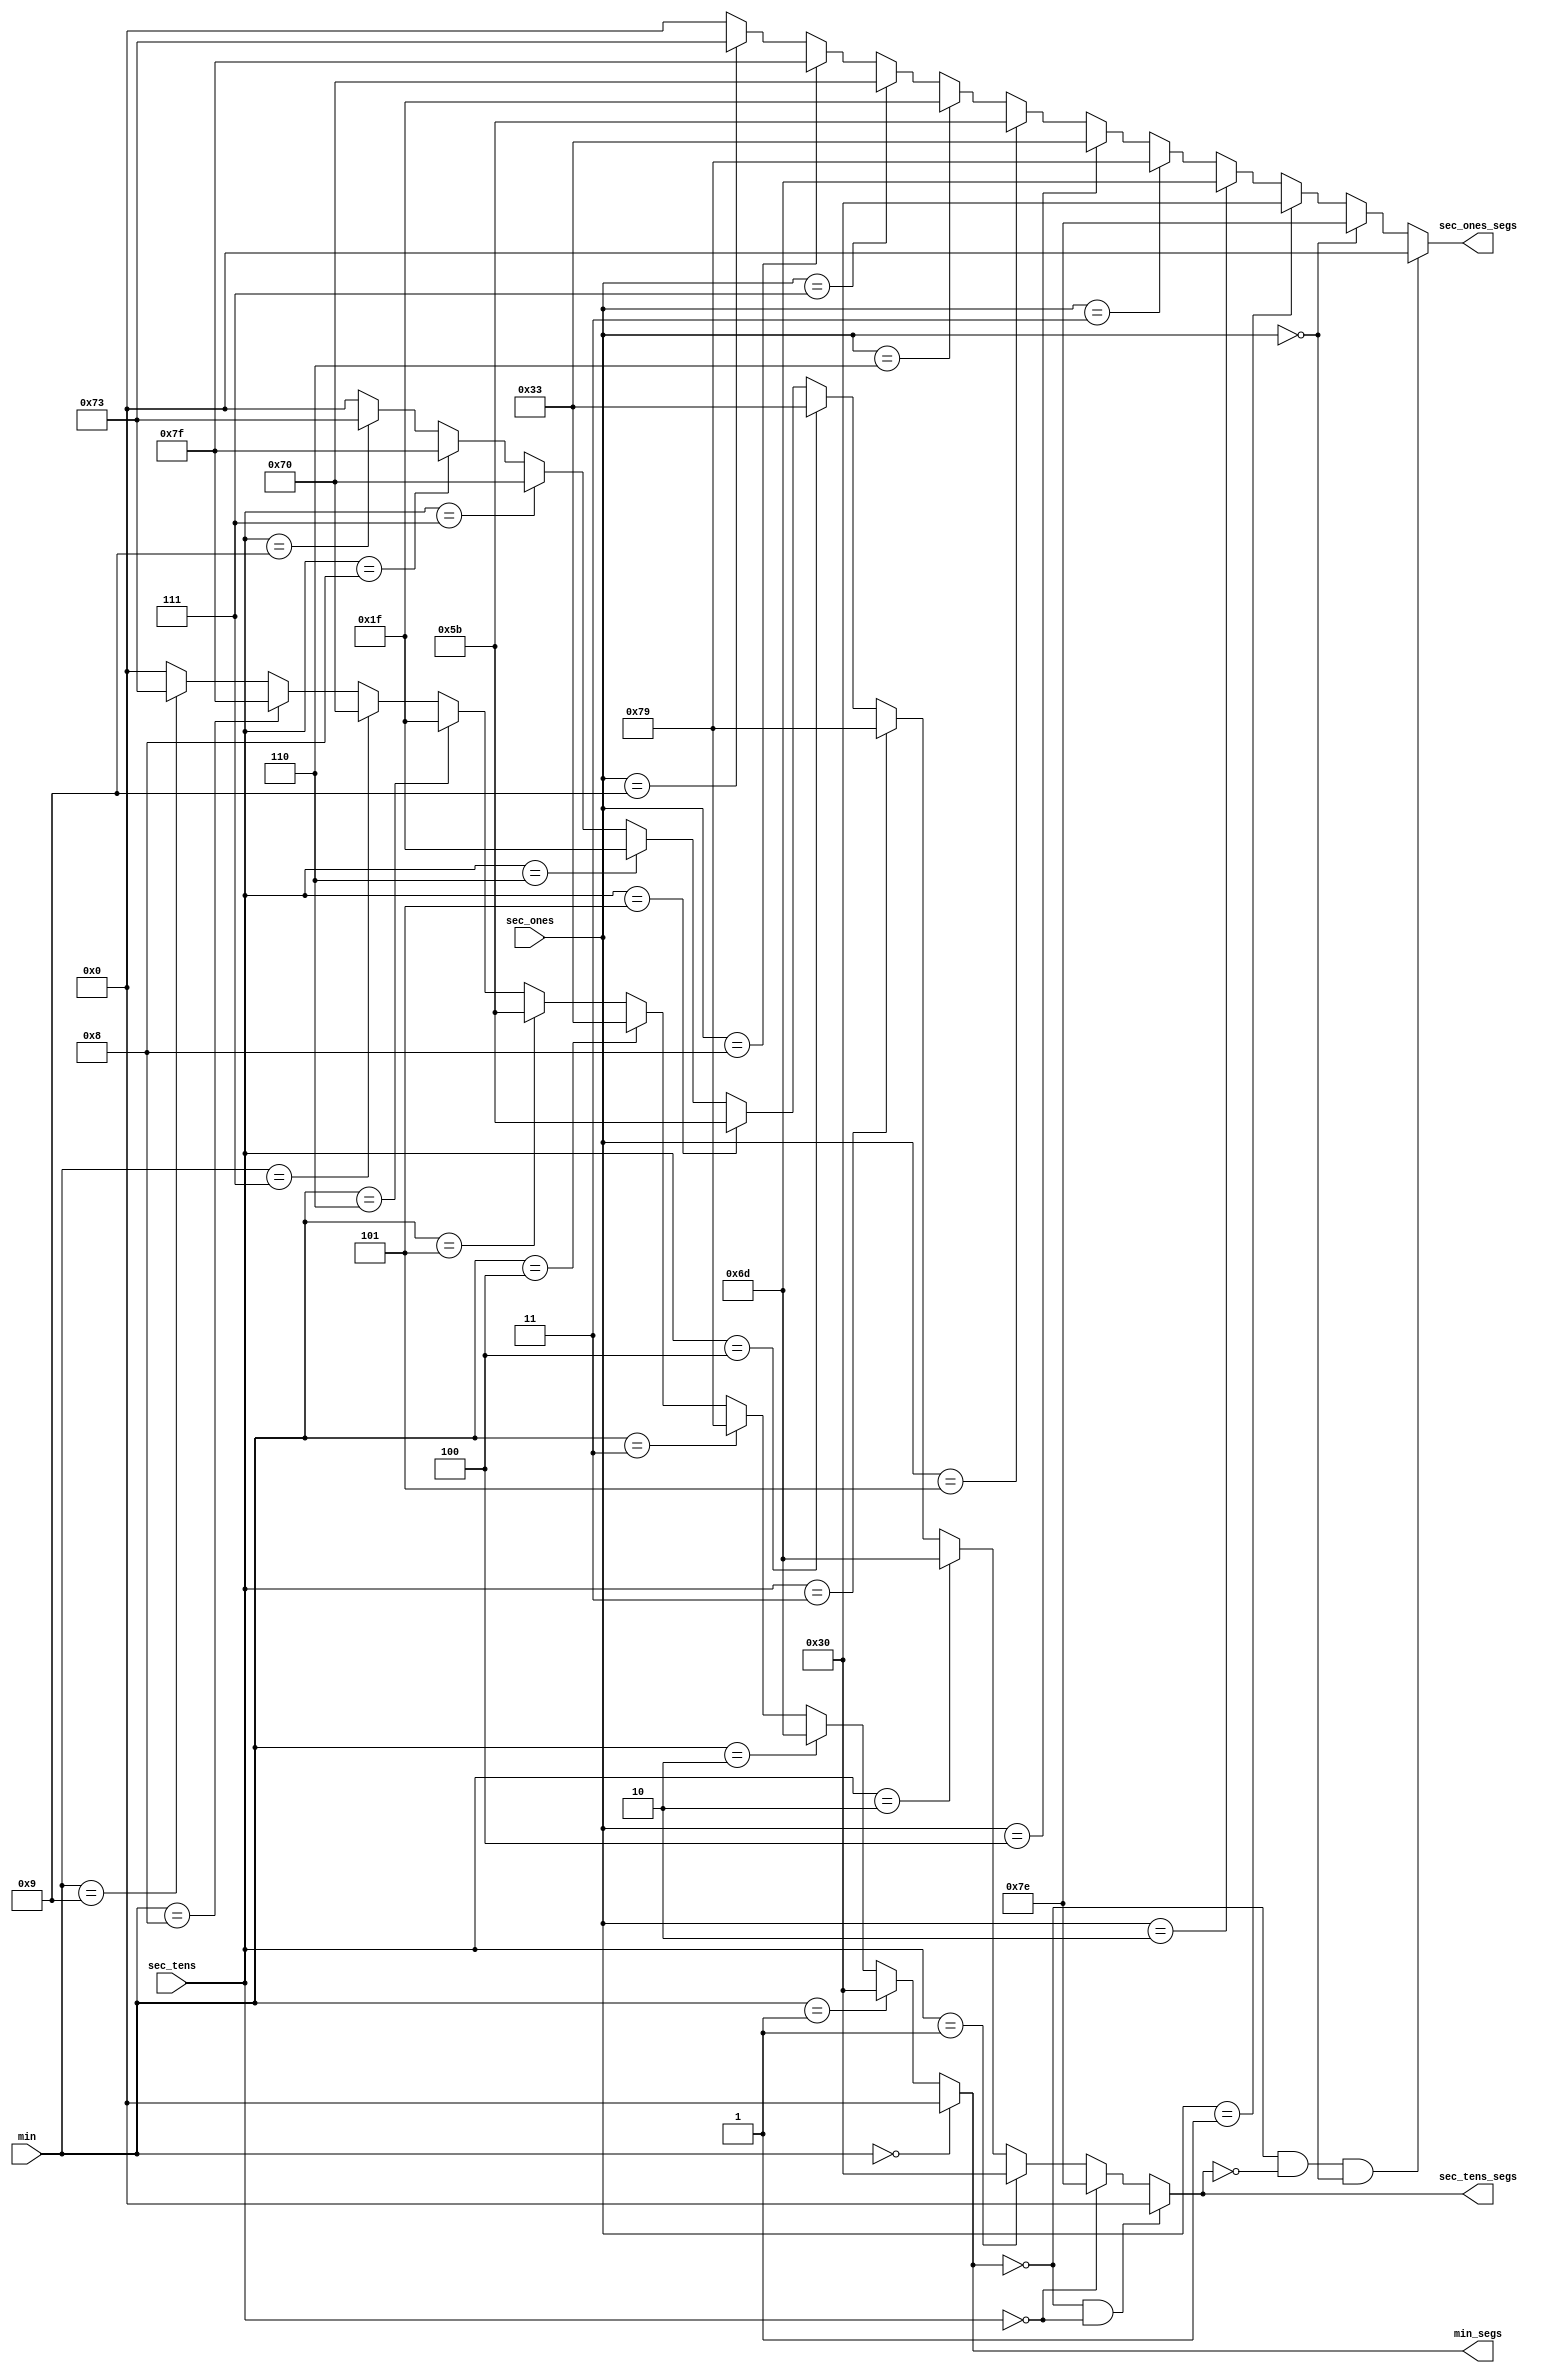
module decoder(input wire[3:0] sec_ones, sec_tens, min,
               output wire[6:0] sec_ones_segs, sec_tens_segs, min_segs);
  
  assign min_segs = (min == 4'b0000) ? 7'b000_0000 :
    				(min == 4'b0001) ? 7'b011_0000 : 
    				(min == 4'b0010) ? 7'b110_1101 : 
    				(min == 4'b0011) ? 7'b111_1001 : 
                    (min == 4'b0100) ? 7'b011_0011 : 
    				(min == 4'b0101) ? 7'b101_1011 : 
    				(min == 4'b0110) ? 7'b001_1111 : 
    				(min == 4'b0111) ? 7'b111_0000 :
    				(min == 4'b1000) ? 7'b111_1111 :
    				(min == 4'b1001) ? 7'b111_0011 :
    				7'b000_0000;
  
 
  assign sec_tens_segs =  ((min_segs == 7'b000_0000) && (sec_tens == 4'b0000)) ? 7'b000_0000:
    					  (sec_tens == 4'b0000) ? 7'b111_1110 :
                          (sec_tens == 4'b0001) ? 7'b011_0000 :
                          (sec_tens == 4'b0010) ? 7'b110_1101 :
                          (sec_tens == 4'b0011) ? 7'b111_1001 :
                          (sec_tens == 4'b0100) ? 7'b011_0011 : 
                          (sec_tens == 4'b0101) ? 7'b101_1011 : 
                          (sec_tens == 4'b0110) ? 7'b001_1111 : 
                          (sec_tens == 4'b0111) ? 7'b111_0000 : 
                          (sec_tens == 4'b1000) ? 7'b111_1111 : 
                          (sec_tens == 4'b1001) ? 7'b111_0011 : 
                          7'b000_0000;
 
  assign sec_ones_segs = ((min_segs == 7'b000_0000) && (sec_tens_segs == 7'b000_0000) && (sec_ones == 4'b0000)) ? 7'b000_0000:
     					 (sec_ones == 4'b0000) ? 7'b111_1110 :
                         (sec_ones == 4'b0001) ? 7'b011_0000 :
                         (sec_ones == 4'b0010) ? 7'b110_1101 :
                         (sec_ones == 4'b0011) ? 7'b111_1001 :
                         (sec_ones == 4'b0100) ? 7'b011_0011 :
                         (sec_ones == 4'b0101) ? 7'b101_1011 :
                         (sec_ones == 4'b0110) ? 7'b001_1111 :
                         (sec_ones == 4'b0111) ? 7'b111_0000 :
                         (sec_ones == 4'b1000) ? 7'b111_1111 :
                         (sec_ones == 4'b1001) ? 7'b111_0011 :
                         7'b000_0000;
  
endmodule